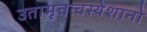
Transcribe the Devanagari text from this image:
उतामृतत्वस्येशानो